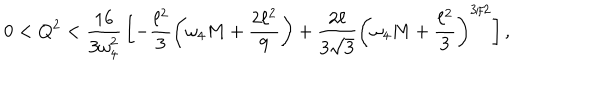
LaTeX: 0 < Q ^ { 2 } < \frac { 1 6 } { 3 \omega _ { 4 } ^ { 2 } } \, \biggl [ - \frac { \ell ^ { 2 } } { 3 } \left( \omega _ { 4 } M + \frac { 2 \ell ^ { 2 } } { 9 } \right) + \frac { 2 \ell } { 3 \sqrt { 3 } } \left( \omega _ { 4 } M + \frac { \ell ^ { 2 } } { 3 } \right) ^ { 3 / 2 } \biggr ] \, ,